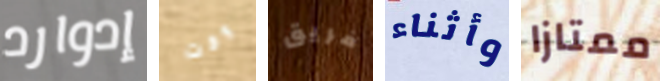
إدوارد وقت فريق وأثناء ممتازا